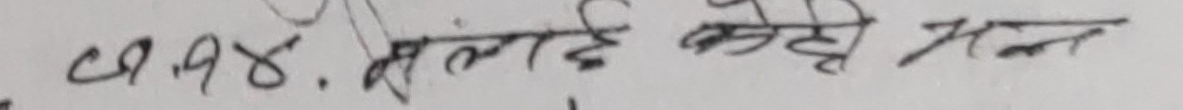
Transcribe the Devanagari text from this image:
९.५४. तेललाई केही मन